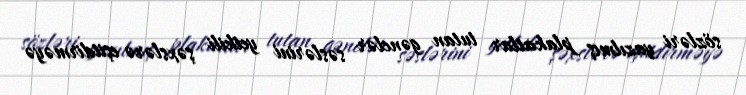
sözləri yazılmış plakatlar tutan gənclər səslərini yetkili şəxslərə eşitdirməyə